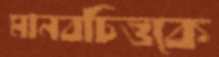
মানবচিত্তকে